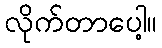
လိုက်တာပေါ့။